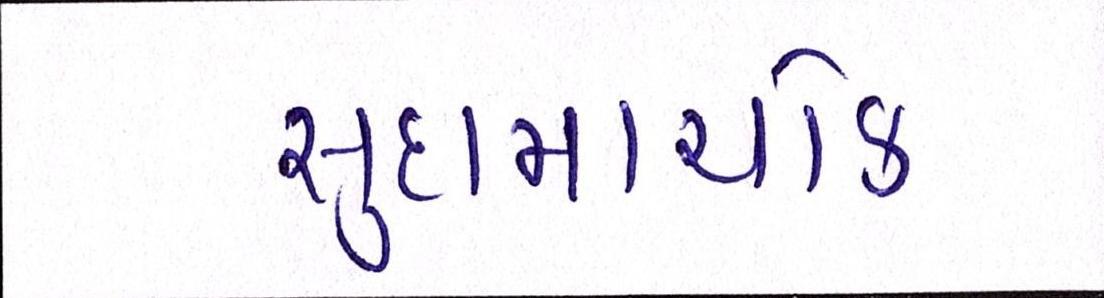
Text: સુદામાચોક